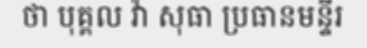
ថា បុគ្គល វ៉ា សុធា ប្រធានមន្ទីរ